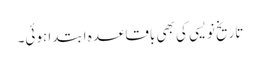
تاریخ نویسی کی بھی باقاعدہ ابتدا ہوئی۔